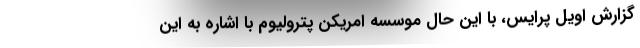
گزارش اویل پرایس، با این حال موسسه امریکن پترولیوم با اشاره به این